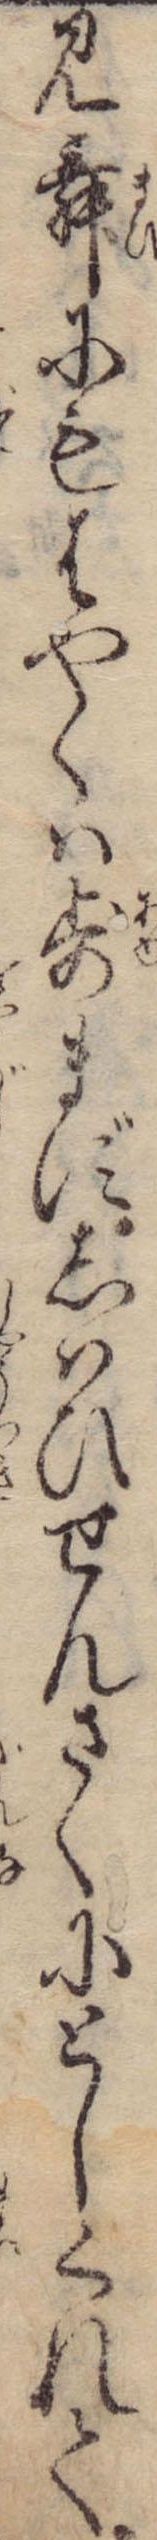
見舞にもはやくは歩まずしはひせんさくにとしくれて